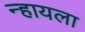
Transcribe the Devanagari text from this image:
न्हायला